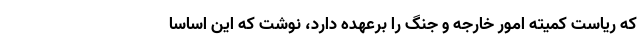
که ریاست کمیته امور خارجه و جنگ را برعهده دارد، نوشت که این اساساً